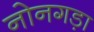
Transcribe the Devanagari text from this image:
नोनगड़ा